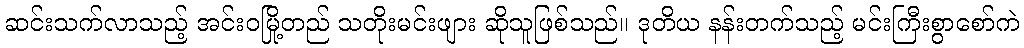
ဆင်းသက်လာသည့် အင်းဝမြို့တည် သတိုးမင်းဖျား ဆိုသူဖြစ်သည်။ ဒုတိယ နန်းတက်သည့် မင်းကြီးစွာစော်ကဲ